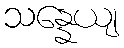
သန္နေယျ